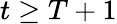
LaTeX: t\geq T+1